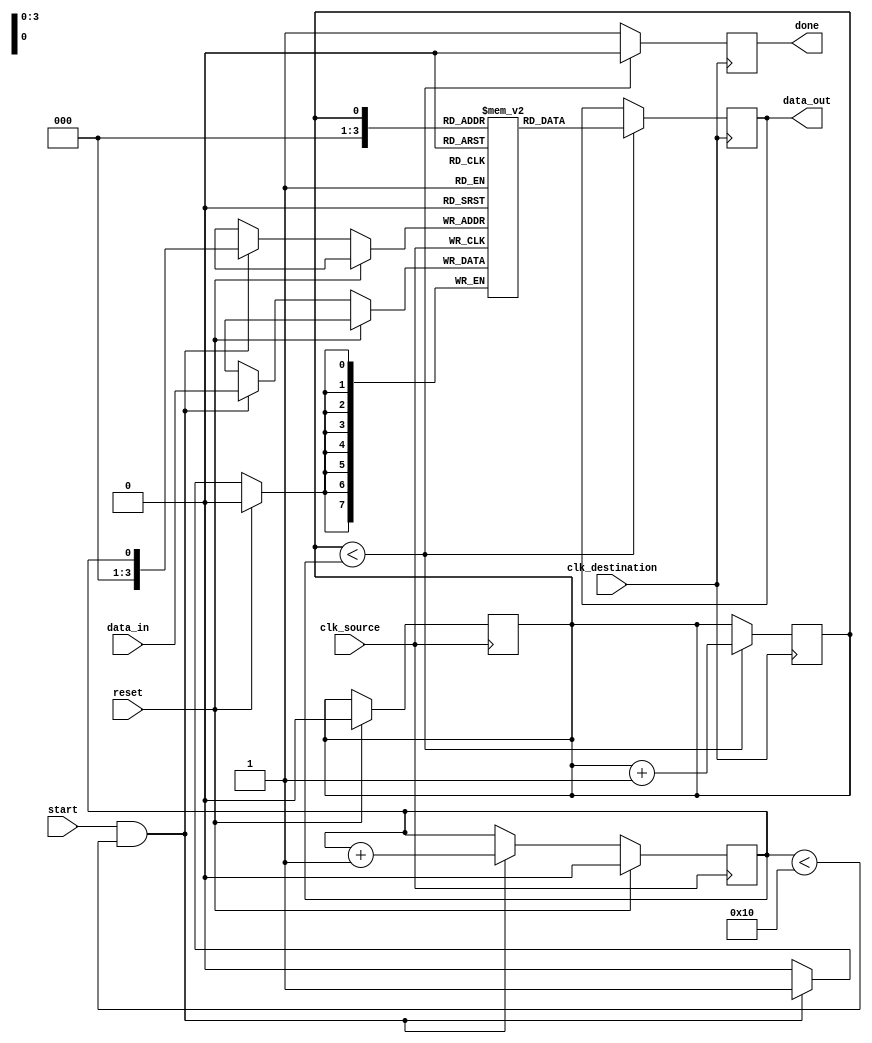
module burst_synchronizer (
    input wire clk_source,
    input wire clk_destination,
    input wire reset,
    input wire [7:0] data_in,
    output reg [7:0] data_out,
    input wire start,
    output reg done
);

reg [7:0] fifo [0:15];
reg head = 4'd0;
reg tail = 4'd0;

always @ (posedge clk_source) begin
    if (reset) begin
        head <= 4'd0;
        tail <= 4'd0;
    end else if (start && tail < 16) begin
        fifo[tail] <= data_in;
        tail <= tail + 1;
    end
end

always @ (posedge clk_destination) begin
    if (head < tail) begin
        data_out <= fifo[head];
        head <= head + 1;
        done <= 0;
    end else begin
        done <= 1;
    end
end

endmodule